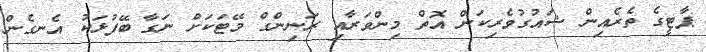
ޕާޓީގެ ތެރެއިން ޝައުގުވެރިކަން އޮތް މިންވަރާއި ރަނިންގް މޭޓަކަށް ނަގާ ބޭފުޅަކު އެނގެން